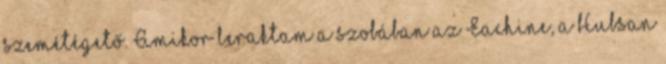
szemétégető. Amikor leraktam a szobában az Eachine, a Hubsan